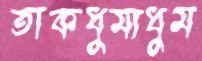
তাকধুমাধুম